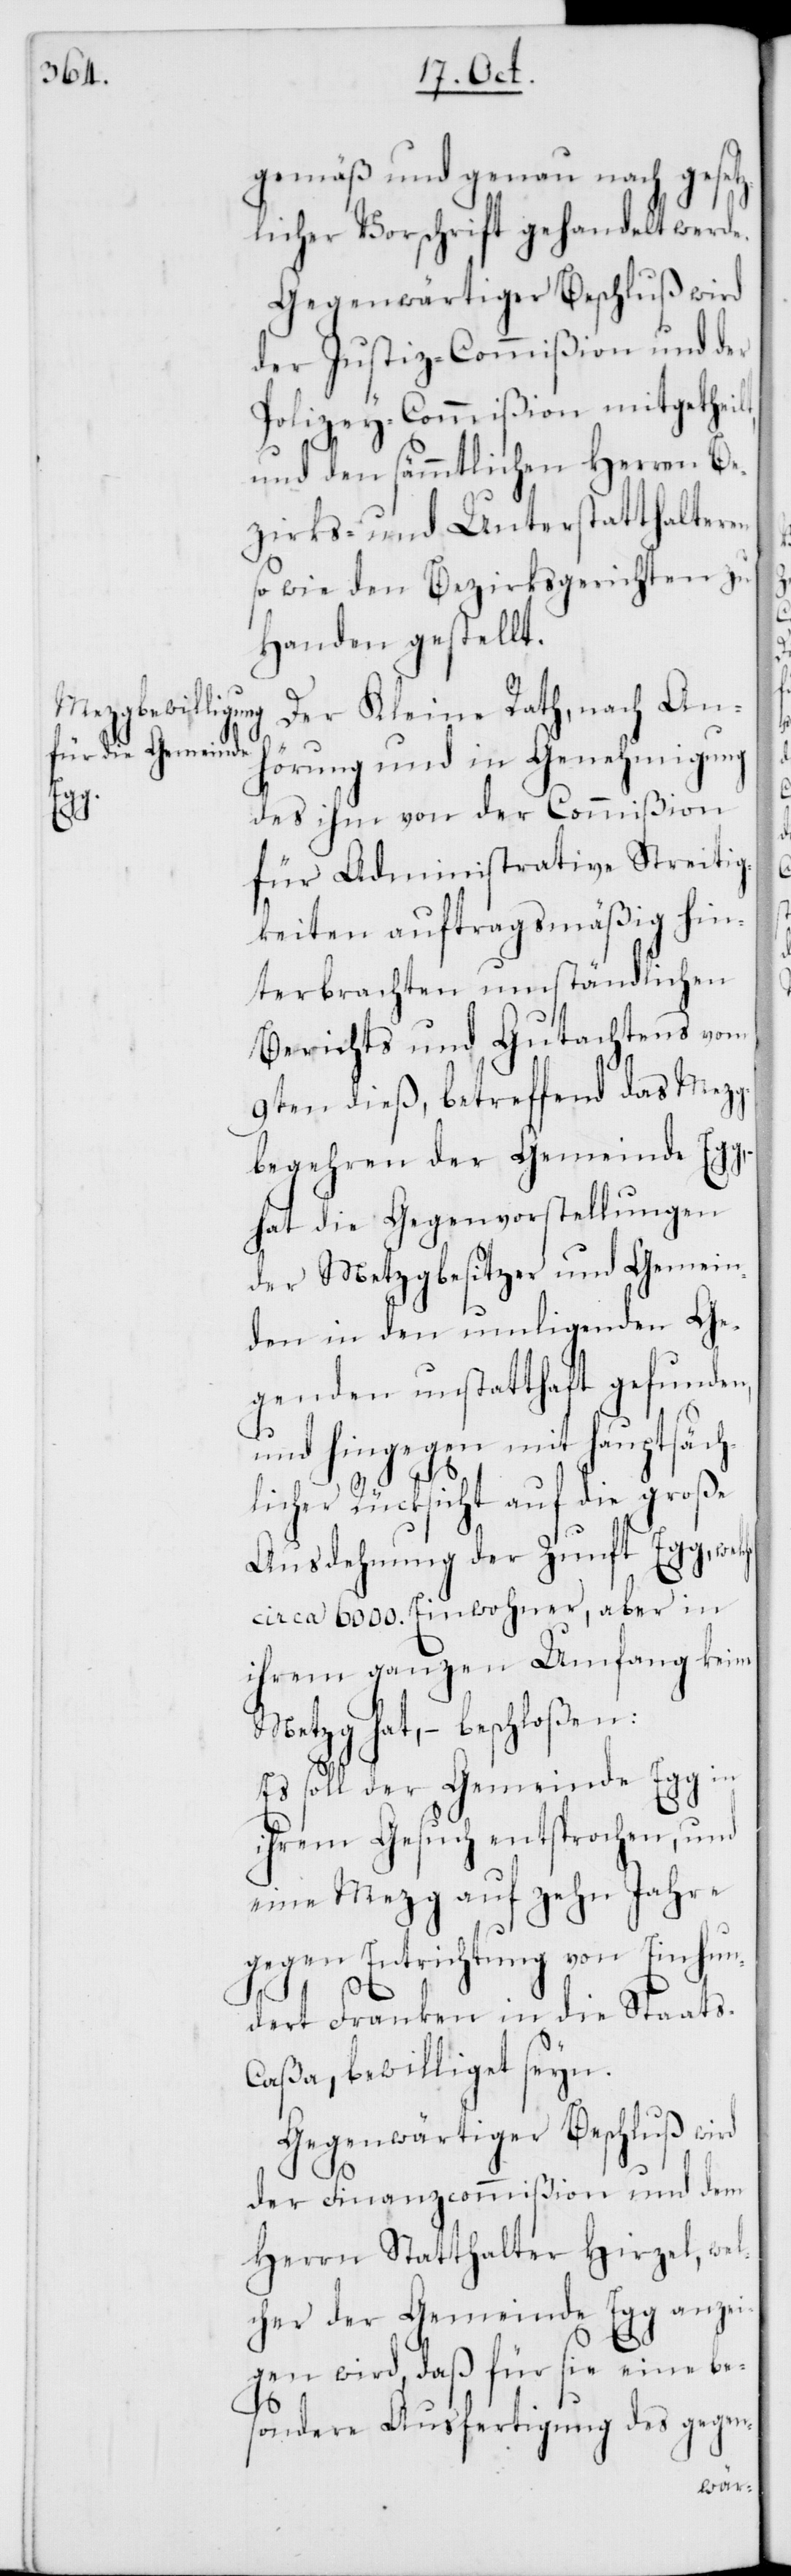
gemäß und genau nach gesetz¬
licher Vorschrift gehandelt werde.
Gegenwärtiger Beschluß wird
der Justiz-Commißion und der
Polizey-Commißion mitgetheil¬
und den sämmtlichen Herren Be¬
zirks- und Unterstatthalteren
sowie den Bezirksgerichten zu
Handen gestellt.
Der Kleine Rath, nach Anh¬
örung und in Genehmigung
des ihm von der Commißion
für Administrative Streitig¬
keiten auftragsmäßig hin¬
terbrachten umständlichen
Berichts und Gutachtens vom
9ten dieß, betreffend das Mezg¬
begehren der Gemeinde Egg,
hat die Gegenvorstellungen
der Metzgbesitzer und Gemein¬
den in den umligenden Ge¬
genden unstatthaft gefunden,
t,
und hingegen mit hauptsäch¬
licher Rücksicht auf die große
Ausdehnung der Zunft Egg, wel¬
che circa 6000. Einwohner, aber in
ihrem ganzen Umfang keine
Metzg hat, beschloßen:
Es soll der Gemeinde Egg in
ihrem Gesuch entsprochen, und
eine Mezg auf zehn Jahre
gegen Entrichtung von Einhun¬
dert Franken in die Staats-C¬
aßa bewilliget seyn.
Gegenwärtiger Beschluß wird
der Finanzcommißion und dem
Herrn Statthalter Hirzel, wel¬
cher der Gemeinde Egg anzei¬
gen wird, daß für sie eine be¬
sondere Ausfertigung des gegen-